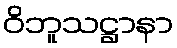
ဝိဘူသဋ္ဌာနာ